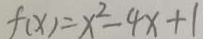
f ( x ) = x ^ { 2 } - 4 x + 1